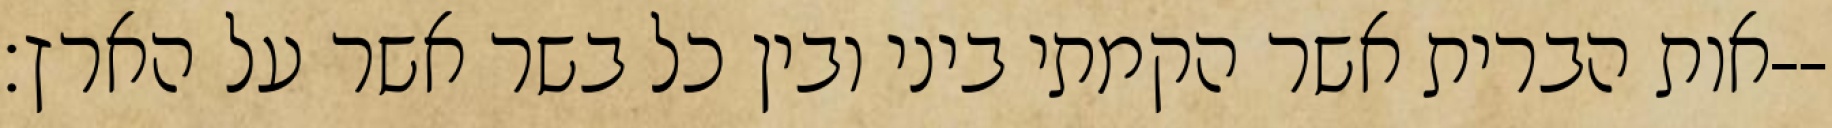
אות הברית אשר הקמתי ביני ובין כל בשר אשר על הארץ׃--